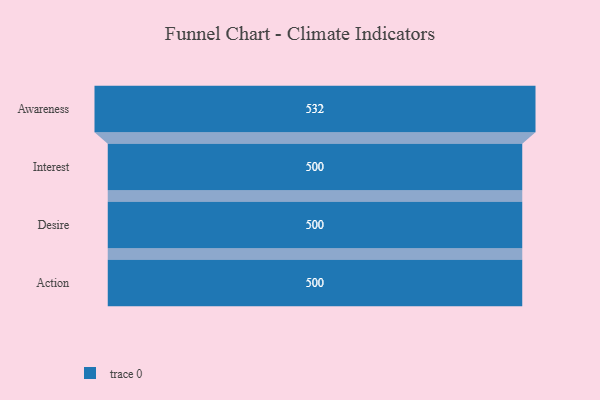
{"axis": {"x": "Stage", "y": "Value"}, "legend": [""], "data": [{"x": "Awareness", "y": 532.0, "type": ""}, {"x": "Interest", "y": 500, "type": ""}, {"x": "Desire", "y": 500, "type": ""}, {"x": "Action", "y": 500, "type": ""}]}